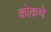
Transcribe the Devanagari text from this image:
कोकचे